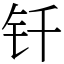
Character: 钎